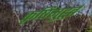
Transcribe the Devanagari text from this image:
कृषिमुहूर्त